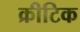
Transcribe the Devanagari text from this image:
क्रीटिक